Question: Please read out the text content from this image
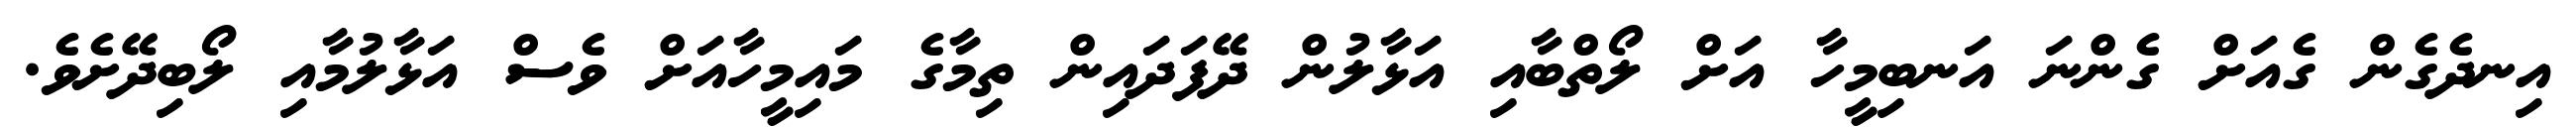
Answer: އިނދެގެން ގެއަށް ގެންނަ އަނބިމީހާ އަށް ލޯތްބާއި އަޅާލުން ދޭފަދައިން ތިމާގެ މައިމީހާއަށް ވެސް އަޅާލުމާއި ލޯބިދޭށެވެ.